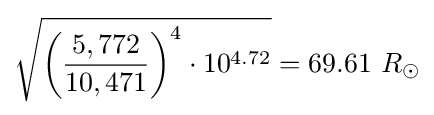
{\sqrt {{\biggl (}{\frac {5,772}{10,471}}{\biggr )}^{4}\cdot 10^{4.72}}}=69.61\ R_{\odot }